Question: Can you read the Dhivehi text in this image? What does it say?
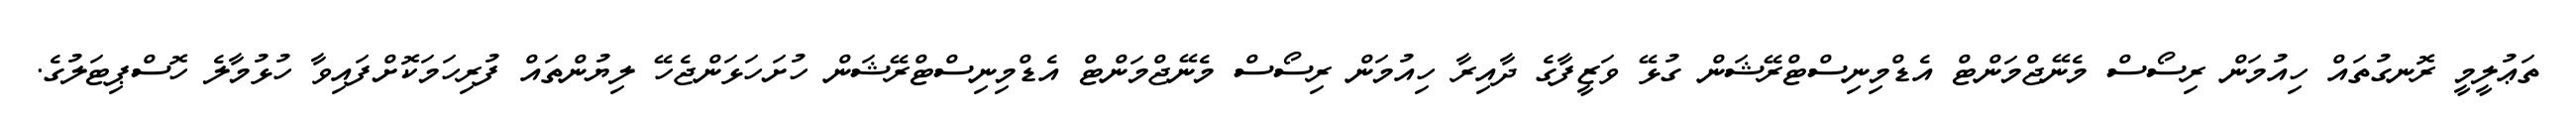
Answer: ތަޢުލީމީ ރޮނގުތައް ހިއުމަން ރިސޯސް މެނޭޖްމަންޓް އެޑްމިނިސްޓްރޭޝަން ގުޅޭ ވަޒީފާގެ ދާއިރާ ހިއުމަން ރިސޯސް މެނޭޖްމަންޓް އެޑްމިނިސްޓްރޭޝަން ހުށަހަޅަންޖެހޭ ލިޔުންތައް ފުރިހަމަކޮށްފައިވާ ހުޅުމާލެ ހޮސްޕިޓަލުގެ.